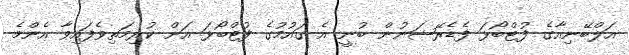
އަލްބޭނިއާގެ ފުޓްބޯޅަ ފެޑެރޭޝަނުން ބުނީ އެ ގައުމުގެ ފުޓްބޯޅަ އަށް ކުރިމަތިވެފައިވާ އެންމެ